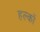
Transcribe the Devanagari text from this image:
हल्कों